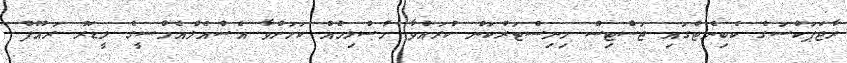
ރާޖަޕަކްސަގެ ކެބިނެޓްގައި ޖަސްޓިސް މިނިސްޓަރުކަން ކުރައްވާ މުސްލިމެއް ކަމަށްވާ އެސްއެލްއެމްސީގެ ލީޑަރު ރައޫފް